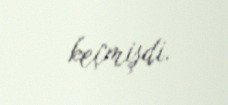
keçmişdi.